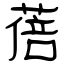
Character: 蓓